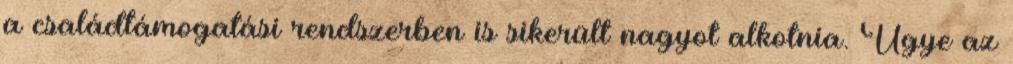
a családtámogatási rendszerben is sikerült nagyot alkotnia. Ugye az